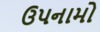
ઉપનામો